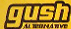
gush